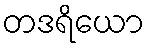
တဒရိယော